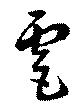
虐